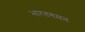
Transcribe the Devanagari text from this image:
भारतगमन